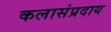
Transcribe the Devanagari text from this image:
कलासंप्रदाय